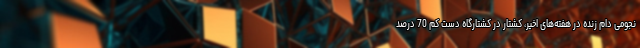
نجومی دام زنده در هفته‌های اخیر، کشتار در کشتارگاه دست کم 70 درصد